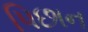
પિછાન